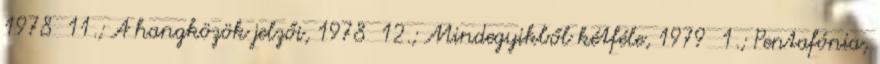
1978 11.; A hangközök jelzői, 1978 12.; Mindegyikből kétféle, 1979 1.; Pentafónia,